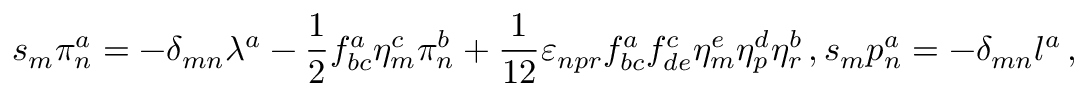
s _ { m } \pi _ { n } ^ { a } = - \delta _ { m n } \lambda ^ { a } - \frac { 1 } { 2 } f _ { b c } ^ { a } \eta _ { m } ^ { c } \pi _ { n } ^ { b } + \frac { 1 } { 1 2 } \varepsilon _ { n p r } f _ { b c } ^ { a } f _ { d e } ^ { c } \eta _ { m } ^ { e } \eta _ { p } ^ { d } \eta _ { r } ^ { b } \, , s _ { m } p _ { n } ^ { a } = - \delta _ { m n } l ^ { a } \, ,